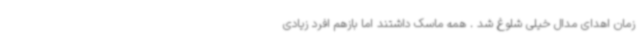
زمان اهدای مدال خیلی شلوغ شد . همه ماسک داشتند اما بازهم افرد زیادی